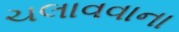
ચલાવવાના